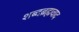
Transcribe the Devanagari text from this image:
शब्दब्रह्मवाद